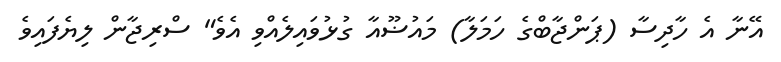
އޭނާ އެ ހާދިސާ (ޕަންޖާބްގެ ހަމަލާ) މައުޟޫއާ ގުޅުވައިލެއްވި އެވެ" ސްރިޖާން ލިޔެފައިވެ